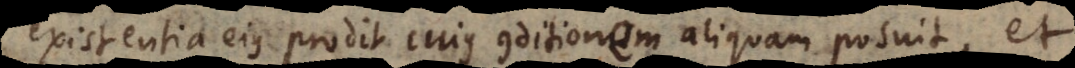
existentia ejus prodit cujus conditionem aliquam posuit, et